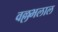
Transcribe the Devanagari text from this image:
वल्लभलाल